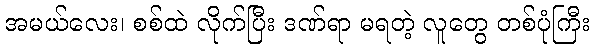
အမယ်လေး၊ စစ်ထဲ လိုက်ပြီး ဒဏ်ရာ မရတဲ့ လူတွေ တစ်ပုံကြီး